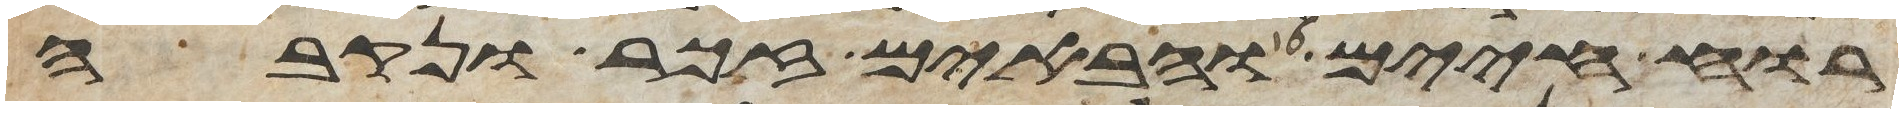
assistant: רוח חיים והבאים זכר ונקבה